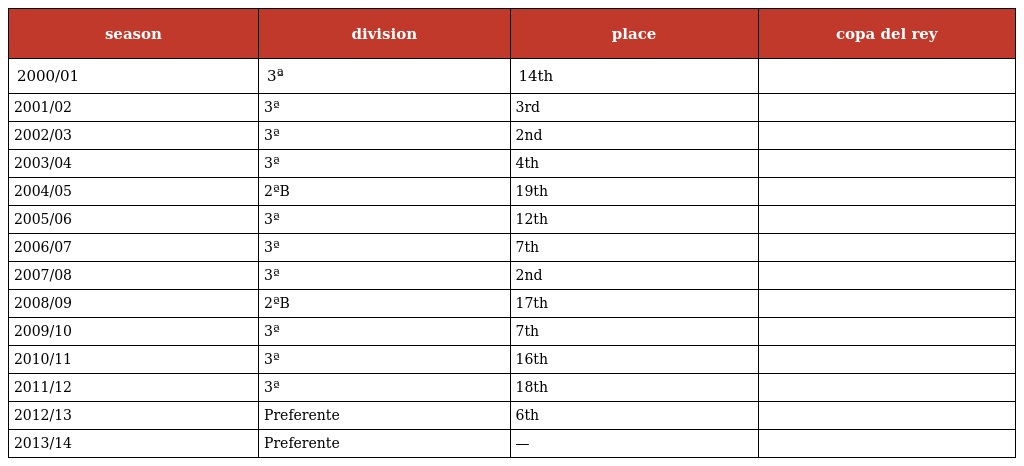
| season | division | place | copa del rey |
 | --- | --- | --- | --- |
 | 2000/01 | 3ª | 14th |  |
 | 2001/02 | 3ª | 3rd |  |
 | 2002/03 | 3ª | 2nd |  |
 | 2003/04 | 3ª | 4th |  |
 | 2004/05 | 2ªB | 19th |  |
 | 2005/06 | 3ª | 12th |  |
 | 2006/07 | 3ª | 7th |  |
 | 2007/08 | 3ª | 2nd |  |
 | 2008/09 | 2ªB | 17th |  |
 | 2009/10 | 3ª | 7th |  |
 | 2010/11 | 3ª | 16th |  |
 | 2011/12 | 3ª | 18th |  |
 | 2012/13 | Preferente | 6th |  |
 | 2013/14 | Preferente | — |  |